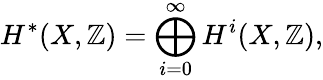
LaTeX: H^{*}(X,\mathbb{Z})=\bigoplus_{i=0}^{\infty}H^{i}(X,\mathbb{Z}),